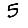
Digit: 5